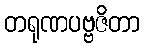
တရုဏပဗ္ဗဇိတာ